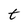
Character: t